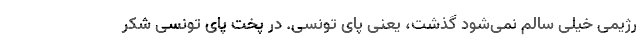
رژیمی خیلی سالم نمی‌شود گذشت، یعنی پای تونسی. در پخت پای تونسی شکر